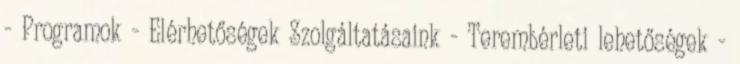
- Programok - Elérhetőségek Szolgáltatásaink - Terembérleti lehetőségek -